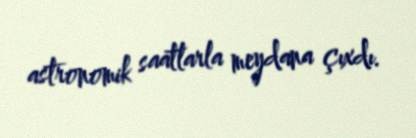
astronomik saatlarla meydana çıxdı.